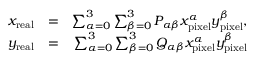
\begin{array} { r l r } { x _ { \mathrm { r e a l } } } & { = } & { \sum _ { \alpha = 0 } ^ { 3 } \sum _ { \beta = 0 } ^ { 3 } P _ { \alpha \beta } x _ { \mathrm { p i x e l } } ^ { \alpha } y _ { \mathrm { p i x e l } } ^ { \beta } , } \\ { y _ { \mathrm { r e a l } } } & { = } & { \sum _ { \alpha = 0 } ^ { 3 } \sum _ { \beta = 0 } ^ { 3 } Q _ { \alpha \beta } x _ { \mathrm { p i x e l } } ^ { \alpha } y _ { \mathrm { p i x e l } } ^ { \beta } } \end{array}